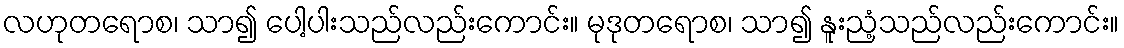
လဟုတရောစ၊ သာ၍ ပေါ့ပါးသည်လည်းကောင်း။ မုဒုတရောစ၊ သာ၍ နူးညံ့သည်လည်းကောင်း။